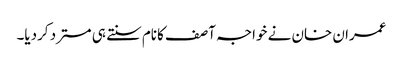
عمران خان نے خواجہ آصف کانام سنتے ہی مسترد کردیا۔